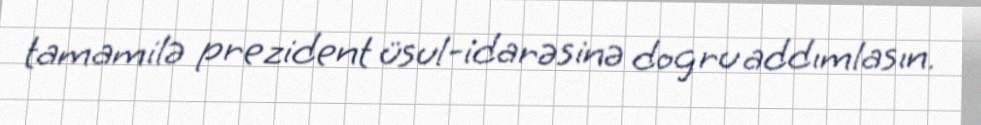
tamamilə prezident üsul-idarəsinə dogru addımlasın.